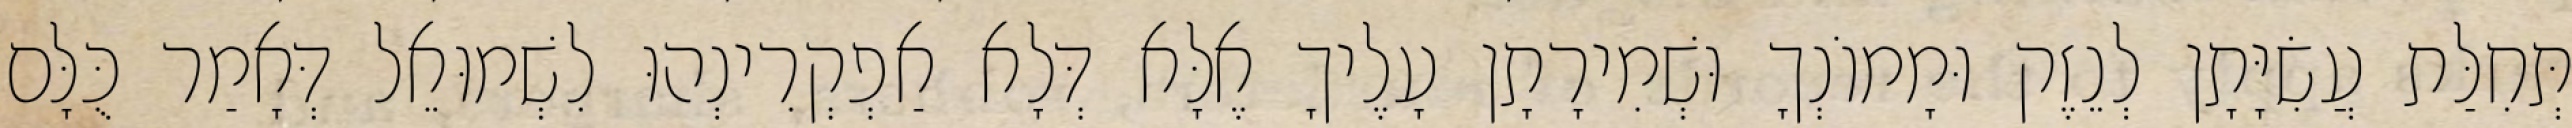
תְּחִלַּת עֲשִׂיָּתָן לְנֵזֶק וּמָמוֹנְךָ וּשְׁמִירָתָן עָלֶיךָ אֶלָּא דְּלָא אַפְקְרִינְהוּ לִשְׁמוּאֵל דְּאָמַר כֻּלָּם